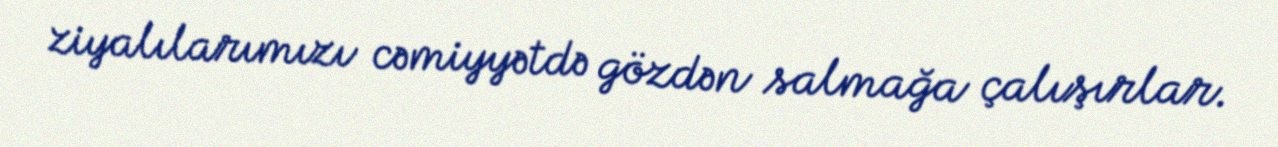
ziyalılarımızı cəmiyyətdə gözdən salmağa çalışırlar.